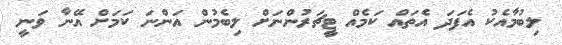
ލިބުމާއެކު އެފަދަ އެތައް ކަމެއް ޓީޗަރުންނަށް ލިބެމުން އަންނަ ކަމަށް އޭނާ ވަނީ